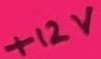
Text: +12V